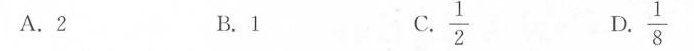
A.2 B.1 C.\frac{1}{2} D.\frac{1}{8}